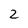
Character: 2